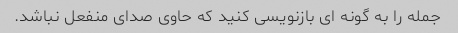
جمله را به گونه ای بازنویسی کنید که حاوی صدای منفعل نباشد.